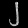
Digit: ၂